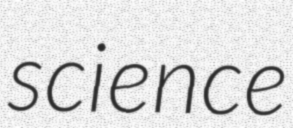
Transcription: science